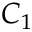
C _ { 1 }